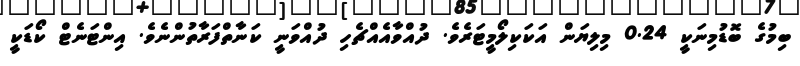
ބިމުގެ ބޮޑުމިނަކީ 0.24 މިލިޔަން އަކަކިލޯމީޓަރެވެ. ދުއްވާއެއްޗެހި ދުއްވަނީ ކަނާތްފަރާތުންނެވެ. އިންޓަނެޓް ކޯޑަކީ